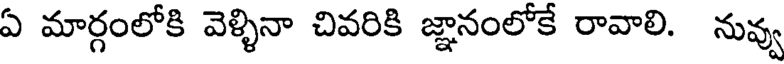
ఏ మార్గంలోకి వెళ్ళినా చివరికి జ్ఞానంలోకే రావాలి. నువ్వు